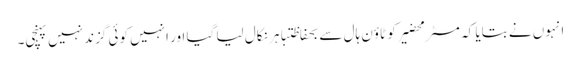
انہوں نے بتایا کہ مسٹر محضیرکو ٹاؤن ہال سے بحفاظتباہر نکال لیا گیا اور انہیں کوئی گزند نہیں پہنچی۔